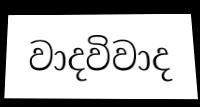
වාදවිවාද